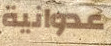
عدوانية